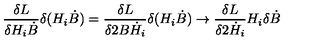
{ \frac { \delta L } { \delta H _ { i } \dot { B } } } \delta ( H _ { i } \dot { B } ) = { \frac { \delta L } { \delta 2 B \dot { H } _ { i } } } \delta ( H _ { i } \dot { B } ) \to { \frac { \delta L } { \delta 2 \dot { H } _ { i } } } H _ { i } \delta \dot { B }